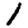
Digit: 1